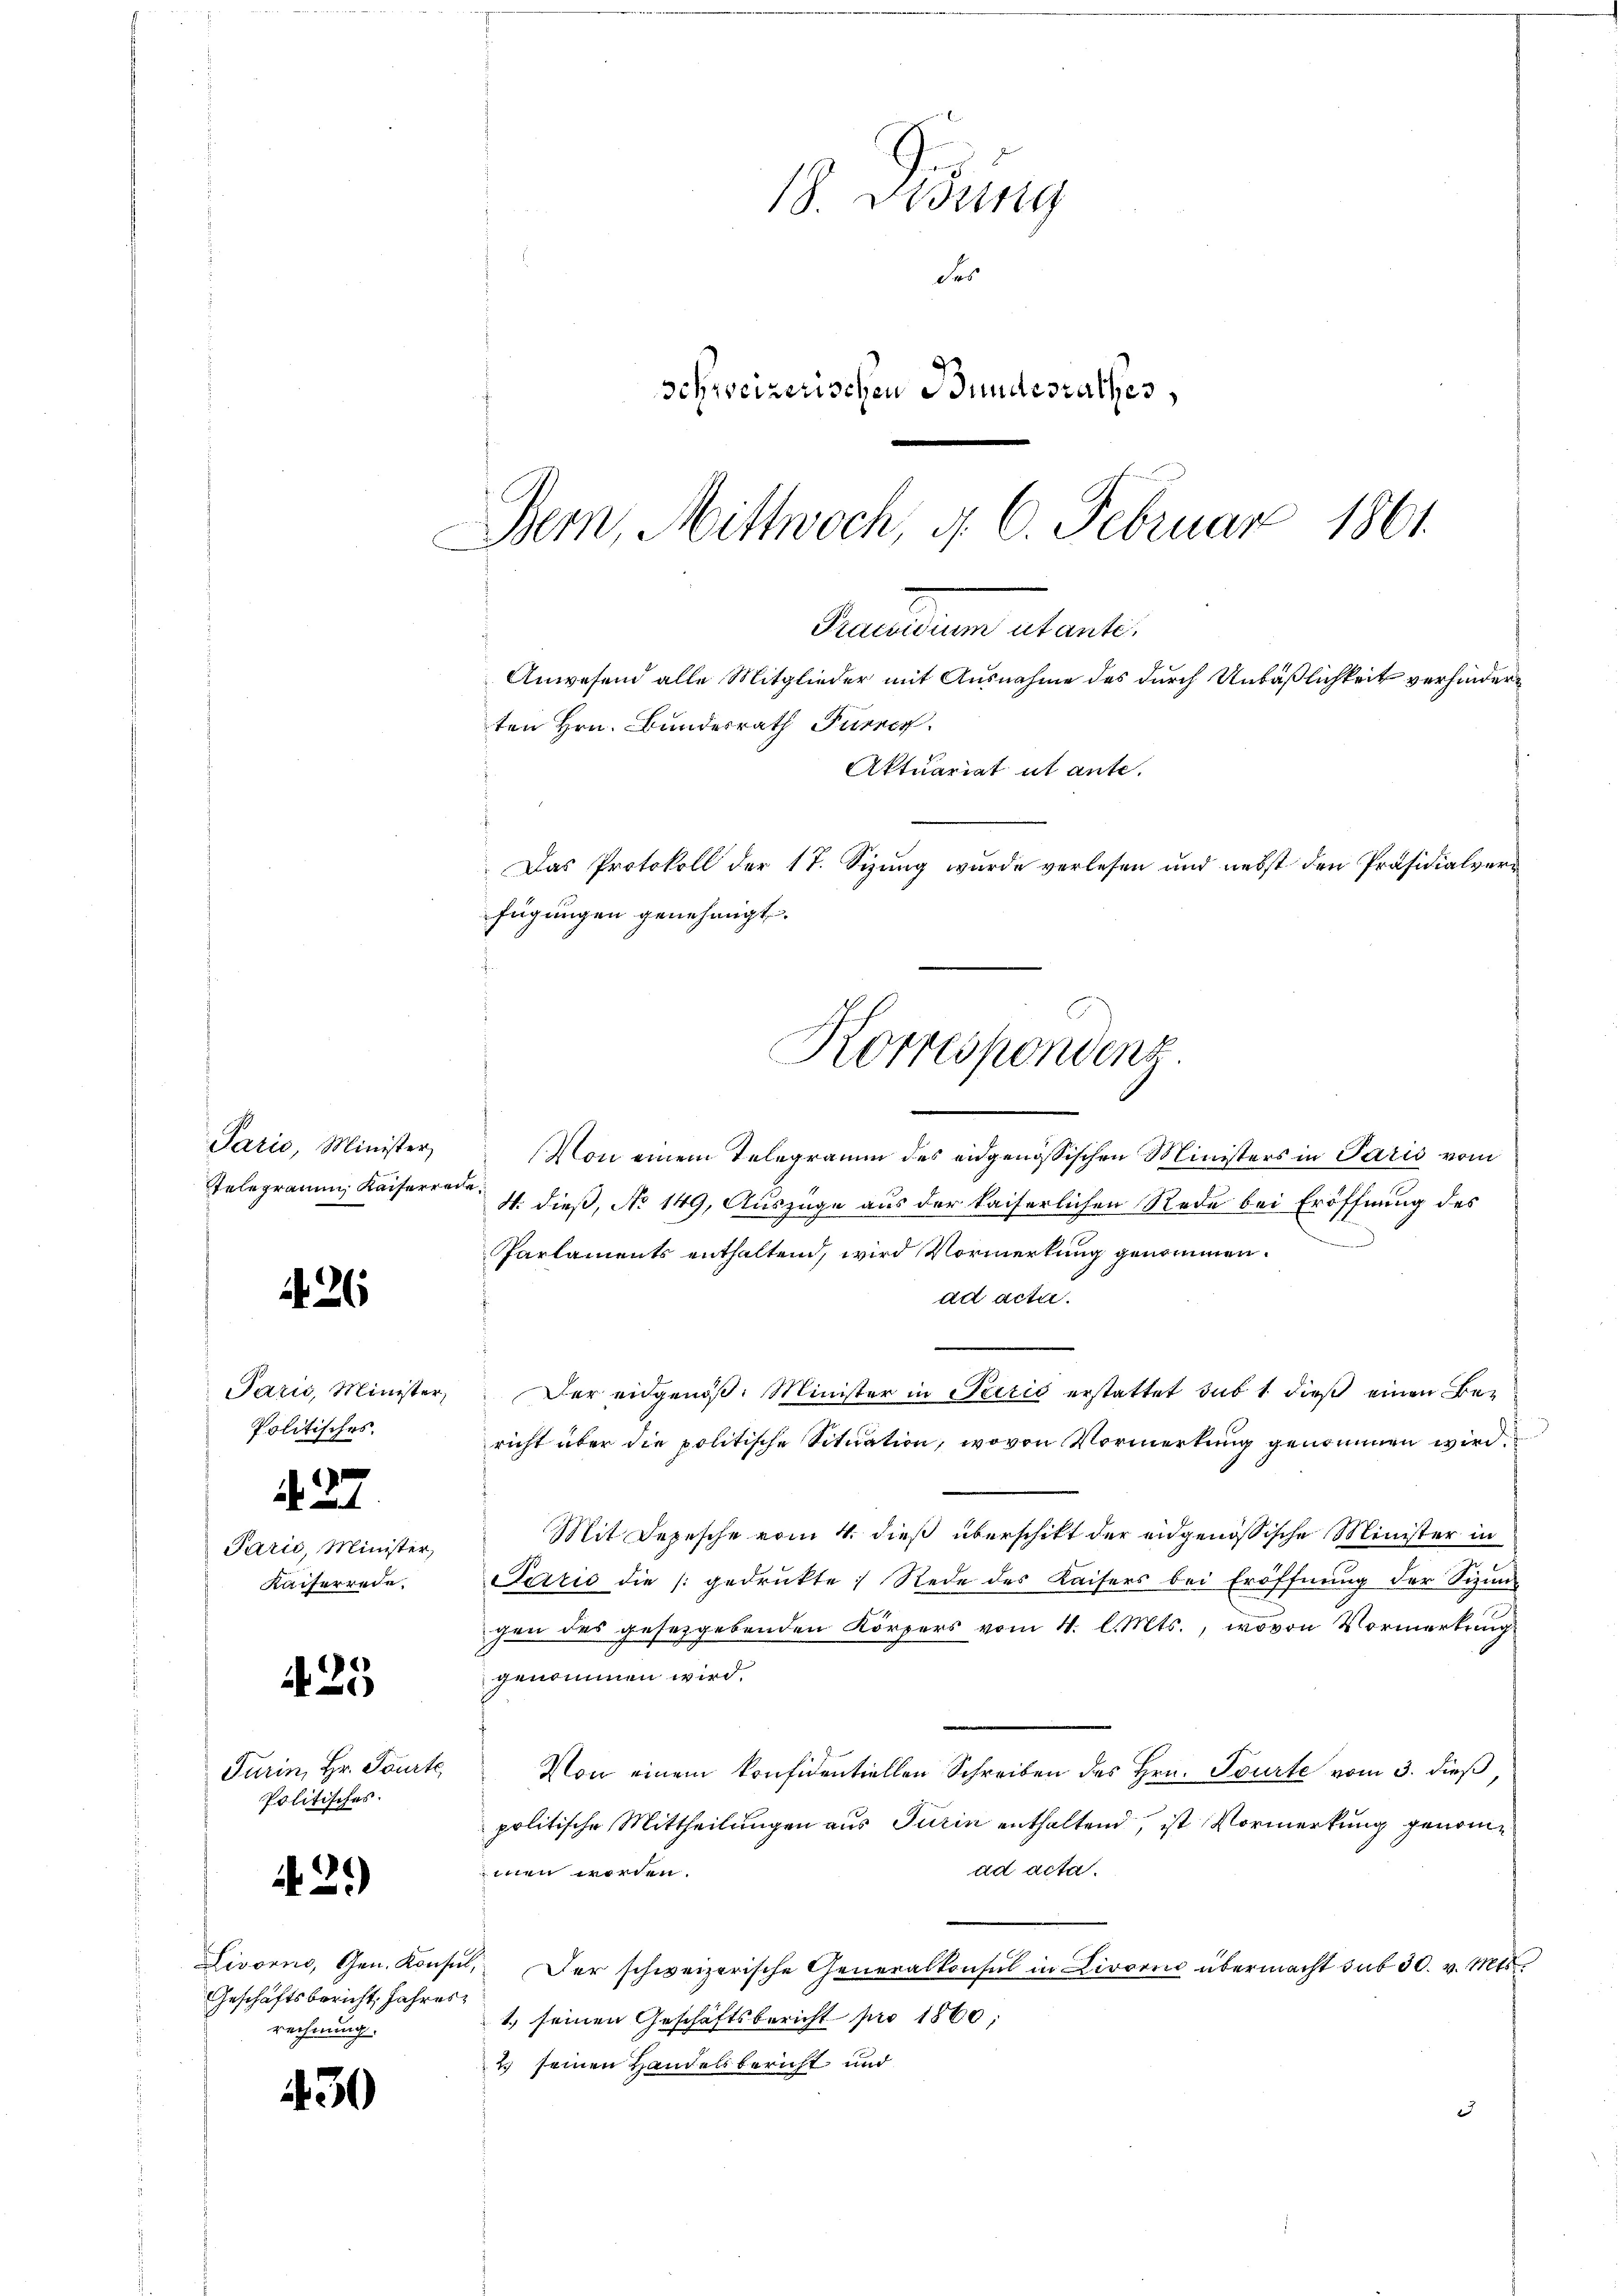
Paris, Minister,
Telegramm Kaiserrede

A 26

Paris, Minister,
Politisches.

427

Parić, Minister,
Kaiserrede.

425

Turin, Hr. Tourte
Politisches.

42.)

Geschäftsbericht, Jahres
rechnung.

430

S. Fidung
des
Schweizerischen Bundesrathes,
Bern, Mittwoch, d. 6. Februar 1861.

damnum actante
Anwesend alle Mitglieder mit Ausnahme des durch Unbäßlichkeit verhinderten Hrn. Bundesrath Furrer
Aktuariat ut ante.
Das Protokoll der 17. Sizung wurde verlesen und nebst den Präsidialverfügungen genehmigt.
Korrespondenz

-
Von einem Telegramm des eidgenössischen Ministers in Paris vom
4. dieß, No 149, Auszüge aus der kaiserlichen Rede bei Eröffnung des
Parlaments enthaltend, wird Vormerkung genommen.
ad acta.
Der eidgenöß. Minister in Perić erstattet sub 1 dieß einen Bericht über die politische Situation, wovon Vormerkung genommen wird.
Mit Depesche vom 4. dieß überschikt der eidgenössische Minister in
Paris die gedrukte Rede des Kaisers bei Eröffnung der Sizin
gen des gesetzgebenden Körpers vom 4. l. Mts., wovon Vormerkung
genommen wird.
Von einem konfidentiellen Schreiben des Hrn. Tourte vom 3. dieß,
politische Mittheilungen aus Turin enthaltend, ist Vormerkung genommnen worden.
ad acta.
Livorno, Gen. Konsŭl. Der schweizerische Generalkonsul in Livorne übermacht sub 30. v. Mts.
1. seinen Geschäftsbericht pro 1860;
2 seinen Handelsbericht und